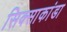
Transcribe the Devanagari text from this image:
सिक्साकांडा